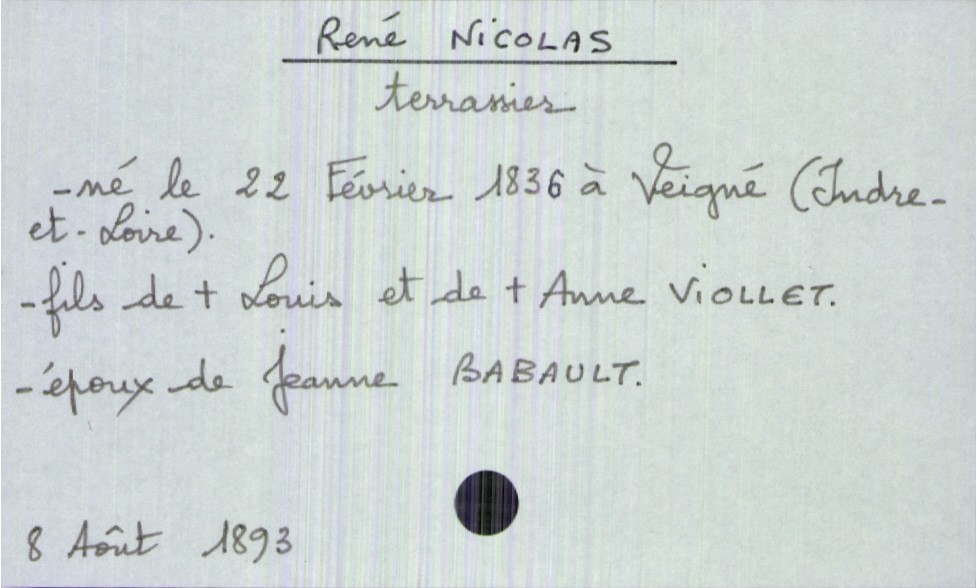
type_acte: Décès
année: 1893
mois: août
jour: 8
défunt_nom: Nicolas
défunt_prénom: René
défunt_sexe: H
défunt_profession: terrassier
défunt_date_de_naissance: 22 février 1836
défunt_lieu_de_naissance: Veigné (Indre-et-Loire)
défunt_statut: marié(e)
père_défunt_nom: Nicolas
père_défunt_prénom: Louis
père_défunt_statut: décédé
mère_défunt_nom: Viollet
mère_défunt_prénom: Anne
mère_défunt_statut: décédée